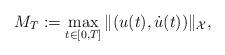
LaTeX: \begin{align*}M_T:=\max\limits_{t\in [0,T]}\Vert (u(t),\dot u(t))\Vert_{\cal X},\end{align*}